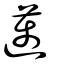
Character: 邁